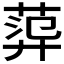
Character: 𦴮